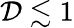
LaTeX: \mathcal{D}\lesssim1